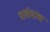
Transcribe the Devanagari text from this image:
चर्चचाच